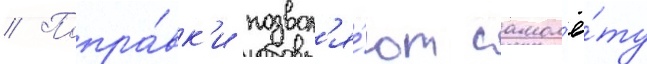
// Попра́вк'и позвол'я́ют самол'ё́ту